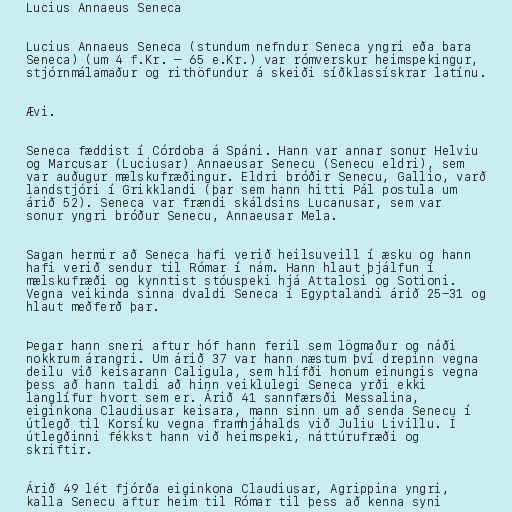
Lucius Annaeus Seneca

Lucius Annaeus Seneca (stundum nefndur Seneca yngri eða bara
Seneca) (um 4 f.Kr. – 65 e.Kr.) var rómverskur heimspekingur,
stjórnmálamaður og rithöfundur á skeiði síðklassískrar latínu.

Ævi.

Seneca fæddist í Córdoba á Spáni. Hann var annar sonur Helviu
og Marcusar (Luciusar) Annaeusar Senecu (Senecu eldri), sem
var auðugur mælskufræðingur. Eldri bróðir Senecu, Gallio, varð
landstjóri í Grikklandi (þar sem hann hitti Pál postula um
árið 52). Seneca var frændi skáldsins Lucanusar, sem var
sonur yngri bróður Senecu, Annaeusar Mela.

Sagan hermir að Seneca hafi verið heilsuveill í æsku og hann
hafi verið sendur til Rómar í nám. Hann hlaut þjálfun í
mælskufræði og kynntist stóuspeki hjá Attalosi og Sotioni.
Vegna veikinda sinna dvaldi Seneca í Egyptalandi árið 25-31 og
hlaut meðferð þar.

Þegar hann sneri aftur hóf hann feril sem lögmaður og náði
nokkrum árangri. Um árið 37 var hann næstum því drepinn vegna
deilu við keisarann Caligula, sem hlífði honum einungis vegna
þess að hann taldi að hinn veiklulegi Seneca yrði ekki
langlífur hvort sem er. Árið 41 sannfærsði Messalina,
eiginkona Claudiusar keisara, mann sinn um að senda Senecu í
útlegð til Korsíku vegna framhjáhalds við Juliu Livillu. Í
útlegðinni fékkst hann við heimspeki, náttúrufræði og
skriftir.

Árið 49 lét fjórða eiginkona Claudiusar, Agrippina yngri,
kalla Senecu aftur heim til Rómar til þess að kenna syni